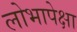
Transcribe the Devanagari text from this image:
लोभापेक्षा